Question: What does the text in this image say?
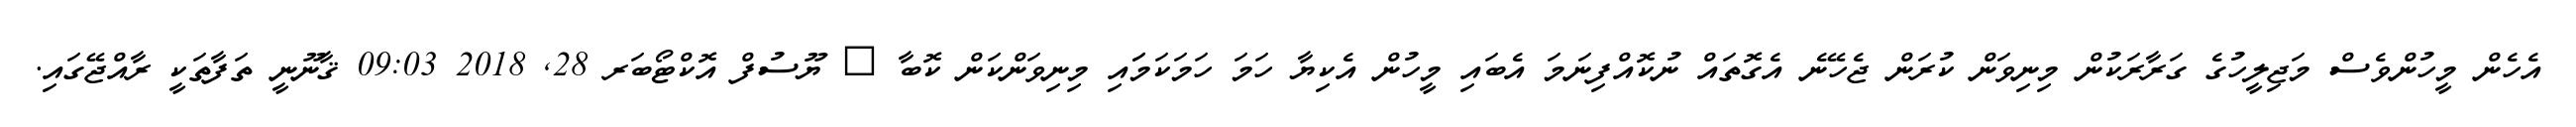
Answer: އެހެން މީހުންވެސް މަޖިލީހުގެ ގަރާރަކުން މިނިވަން ކުރަން ޖެހޭނެ އެގޮތައް ނުކޮއްފިނަމަ އެބައި މީހުން އެކިޔާ ހަމަ ހަމަކަމަައި މިނިވަންކަން ކޮބާ ? ޔޫސުފް އޮކްޓޯބަރ 28, 2018 09:03 ޤާނޫނީ ތަފާތަކީ ރާއްޖޭގައި.